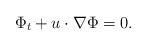
LaTeX: \begin{align*}\Phi_{t}+u\cdot \nabla \Phi=0.\end{align*}